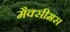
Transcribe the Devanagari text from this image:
मैक्सीमस